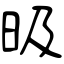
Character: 昅